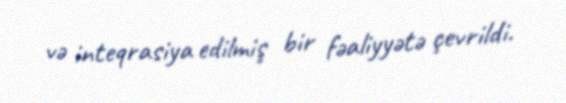
və inteqrasiya edilmiş bir fəaliyyətə çevrildi.